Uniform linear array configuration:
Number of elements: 32
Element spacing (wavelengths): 1
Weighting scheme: binomial
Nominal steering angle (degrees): -60
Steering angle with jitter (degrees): -59.873
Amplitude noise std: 0.05
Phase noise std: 0.05

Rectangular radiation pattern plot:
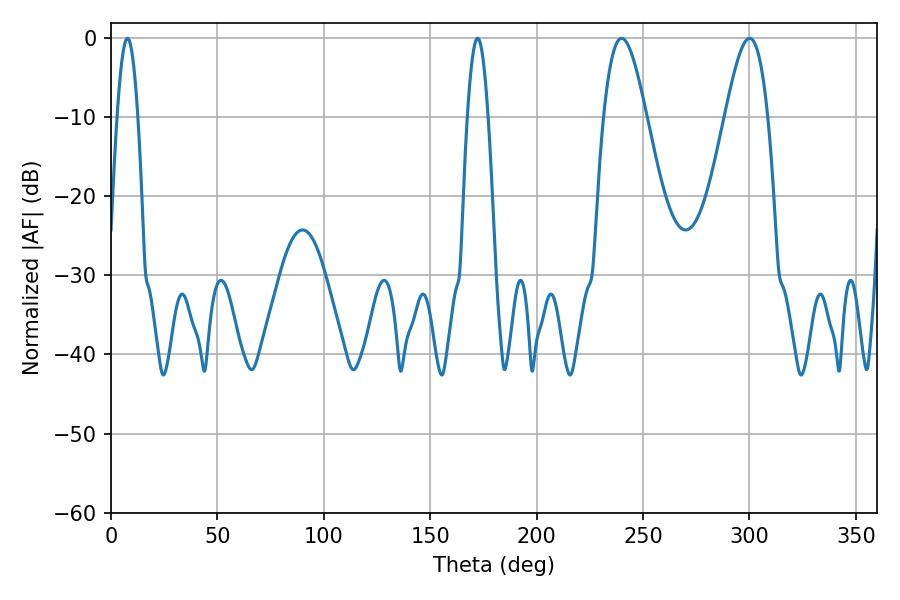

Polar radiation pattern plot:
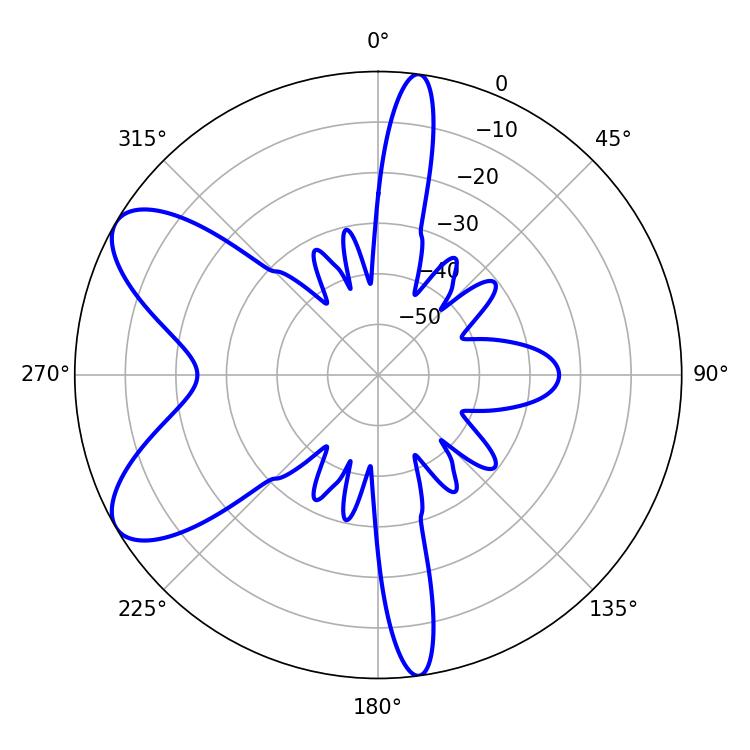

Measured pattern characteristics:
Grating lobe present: TRUE
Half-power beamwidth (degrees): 10.62
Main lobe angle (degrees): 239.94